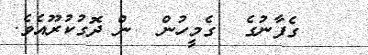
ގެފާނުގެ  ގެމީހުން  ން ދޮގުކުރޫއެވެ.